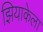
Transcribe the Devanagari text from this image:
झियाकेला